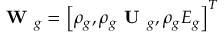
\textbf { W } _ { g } = \left[ \rho _ { g } , \rho _ { g } \textbf { U } _ { g } , \rho _ { g } E _ { g } \right] ^ { T }